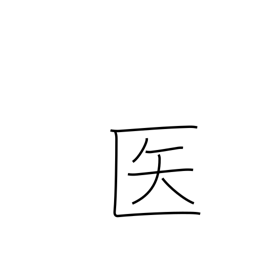
Meaning: doctor